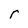
Character: r